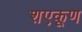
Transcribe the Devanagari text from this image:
शएकूण